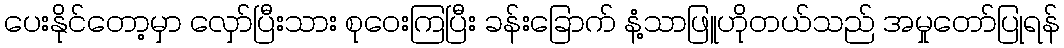
ပေးနိုင်တော့မှာ လှော်ပြီးသား စုဝေးကြပြီး ခန်းခြောက် နံ့သာဖြူဟိုတယ်သည် အမှုတော်ပြုရန်